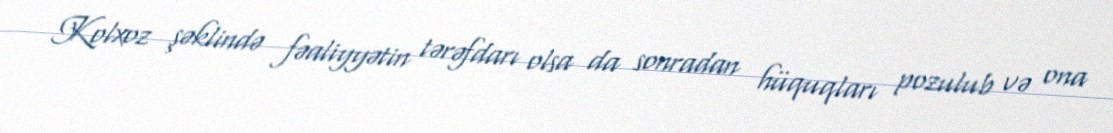
Kolxoz şəklində fəaliyyətin tərəfdarı olsa da sonradan hüquqları pozulub və ona